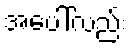
အပေါ်လည်း